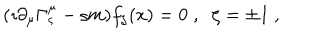
( \imath \partial _ { \mu } \Gamma _ { \varsigma } ^ { \mu } - \varsigma m ) f _ { \zeta } ( x ) = 0 \; , \; \; \zeta = \pm 1 \; ,